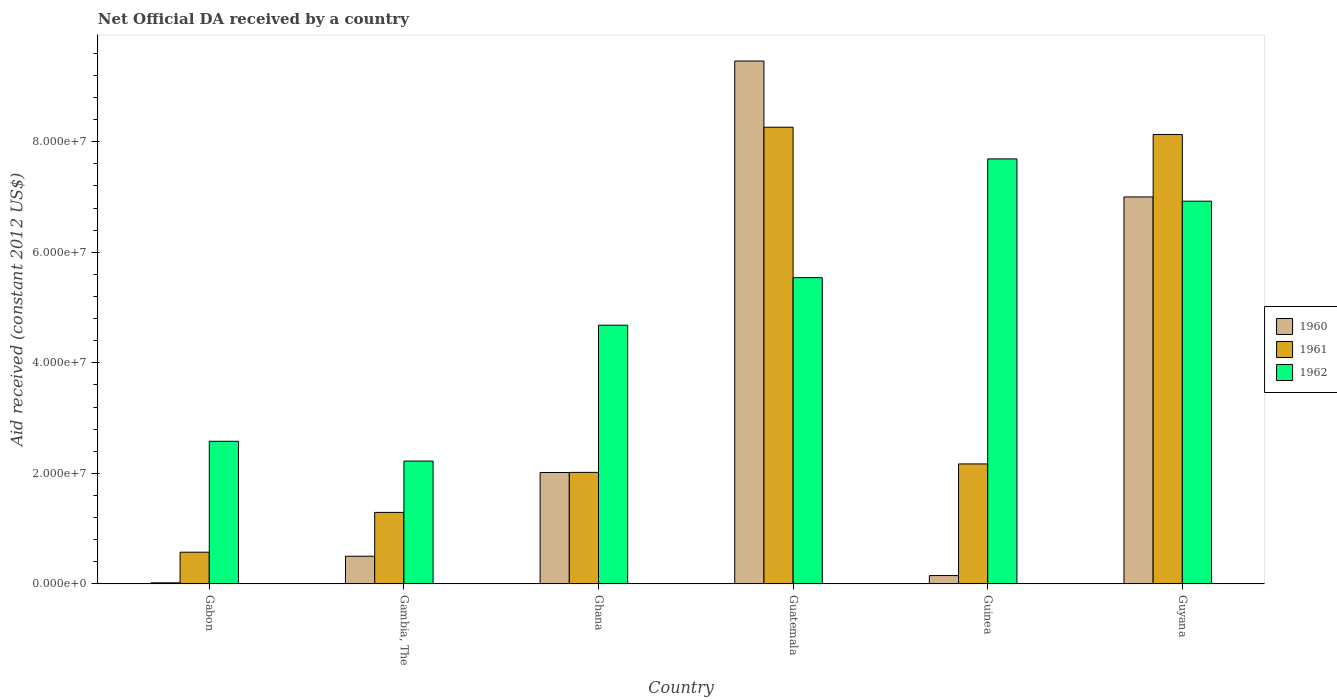
| Country | 1960 | 1961 | 1962 |
 | --- | --- | --- | --- |
 | Gabon | 1.9e+05 | 5.73e+06 | 2.58e+07 |
 | Gambia, The | 5e+06 | 1.29e+07 | 2.22e+07 |
 | Ghana | 2.02e+07 | 2.02e+07 | 4.68e+07 |
 | Guatemala | 9.46e+07 | 8.26e+07 | 5.54e+07 |
 | Guinea | 1.5e+06 | 2.17e+07 | 7.69e+07 |
 | Guyana | 7e+07 | 8.13e+07 | 6.92e+07 |